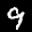
Label: 9